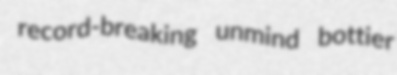
record-breaking unmind bottier